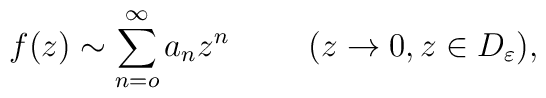
f(z)  \sim \sum _{n=o} ^{\infty } a_n z^n\hspace{1cm}(z\rightarrow 0, z\in D_{\varepsilon }),